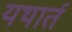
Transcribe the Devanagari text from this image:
यथार्त